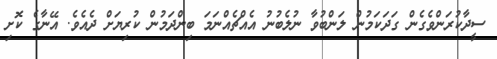
ސީދާކުރަންވެގެން ގަދަކަމުން ލަންބުވާ ނުލެބުނު އެއްޗެއްނަމަ ބިންދަމުން ކުރިޔަށް ދެއެވެ. އޭނާގެ ކޮށި